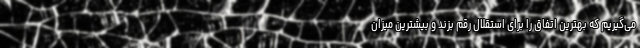
می‌گیریم که بهترین اتفاق را برای استقلال رقم بزند و بیشترین میزان